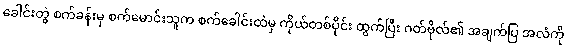
ခေါင်းတွဲ စက်ခန်းမှ စက်မောင်းသူက စက်ခေါင်းထဲမှ ကိုယ်တစ်ပိုင်း ထွက်ပြီး ဂတ်ဗိုလ်၏ အချက်ပြ အလံကို